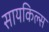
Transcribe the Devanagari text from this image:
सायकिल्स